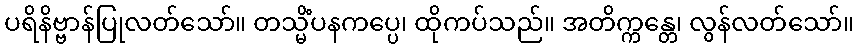
ပရိနိဗ္ဗာန်ပြုလတ်သော်။ တသ္မိံပနကပ္ပေ၊ ထိုကပ်သည်။ အတိက္ကန္တေ၊ လွန်လတ်သော်။